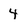
Character: 4